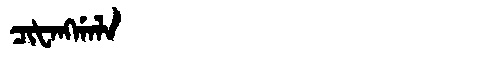
Manchu: ᠴᡳᡶᠠᠩᡤᠠᠯᠠ
Romanization: CIFANGGALA